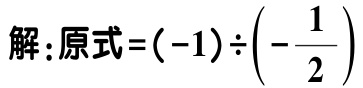
解：原式\(=(-1)\div\left(-\dfrac{1}{2}\right)\)